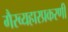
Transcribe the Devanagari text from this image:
गैरव्यहारप्रकरणी